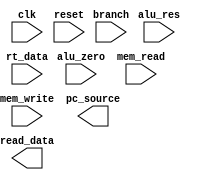
module mem_access(

    input clk,
    input reset,

    input branch,
    input alu_zero,
    input mem_write,
    input mem_read,

    input [31:0] alu_res,       // the alu result is used to calculate the memory address that needs to be read from or written to
    input [31:0] rt_data,       // whereas the actual data that's written into memory (only if mem_write is 1) is given by the value of rt

    output pc_source,           // the final branch signal is selects the source for pc (out pc_next and pc_branch)
    output [31:0] read_data

);

    // Write your code below.

    // * Make sure that the ram is instantiated with the name "data_memory".

    

endmodule